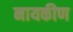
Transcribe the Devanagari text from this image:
नायकीण